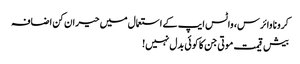
کرونا وائرس، واٹس ایپ کے استعمال میں حیران کن اضافہ
بیش قیمت موتی جن کا کوئی بدل نہیں!